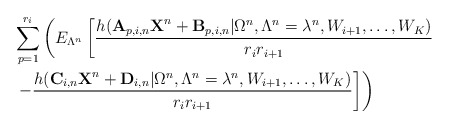
\begin{align*}&\sum_{p=1}^{r_i}\left(E_{\Lambda^n}\left[\frac{h(\textbf{A}_{p,i,n}\textbf{X}^n+\textbf{B}_{p,i,n}|\Omega^n,\Lambda^n=\lambda^n,W_{i+1},\ldots,W_K)}{r_ir_{i+1}}\right.\right.\\&\left.\left.-\frac{h(\textbf{C}_{i,n}\textbf{X}^n+\textbf{D}_{i,n}|\Omega^n,\Lambda^n=\lambda^n,W_{i+1},\ldots,W_K)}{r_ir_{i+1}}\right]\right)\end{align*}